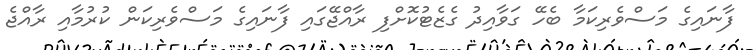
ފާނައިގެ މަސްވެރިކަމާ ބެހޭ ގަވާއިދު ގެޒެޓުކޮށްފި ރާއްޖޭގައި ފާނައިގެ މަސްވެރިކަން ކުރުމާއި ރާއްޖެ